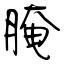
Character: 腌